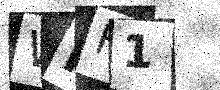
Text: WNH1